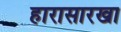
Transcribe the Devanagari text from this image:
हारासारखा